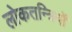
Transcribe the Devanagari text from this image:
लोकतन्त्रियों